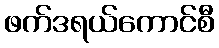
ဖက်ဒရယ်ကောင်စီ